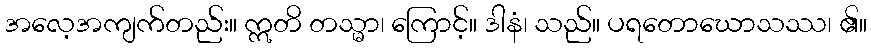
အလေ့အကျက်တည်း။ ဣတိ တသ္မာ၊ ကြောင့်။ ဒါနံ၊ သည်။ ပရတောဃောသဿ၊ ၏။